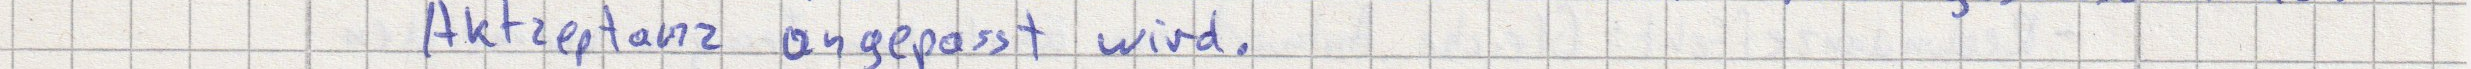
Aktzeptanz angepasst wird.